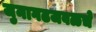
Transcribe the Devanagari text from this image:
जुनागढजवळचे